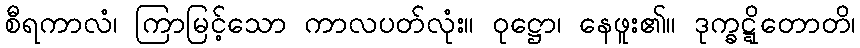
စီရကာလံ၊ ကြာမြင့်သော ကာလပတ်လုံး။ ဝုဋ္ဌော၊ နေဖူး၏။ ဒုက္ခဋ္ဋိတောတိ၊